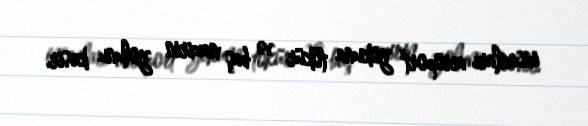
insanları aeroport yokuna tökür və baş nazirin yolunu kəsir.